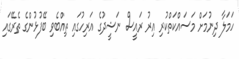
ހަމަލާ ދިނުމަށް މަސައްކަތްކުރި އިރު ރައީސް ނަޝީދުގެ އަރިހުގައި ތިއްބެވި ބޭފުޅުންގެ ތެރޭގައި